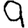
Digit: 9